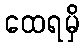
ထေရမှိ